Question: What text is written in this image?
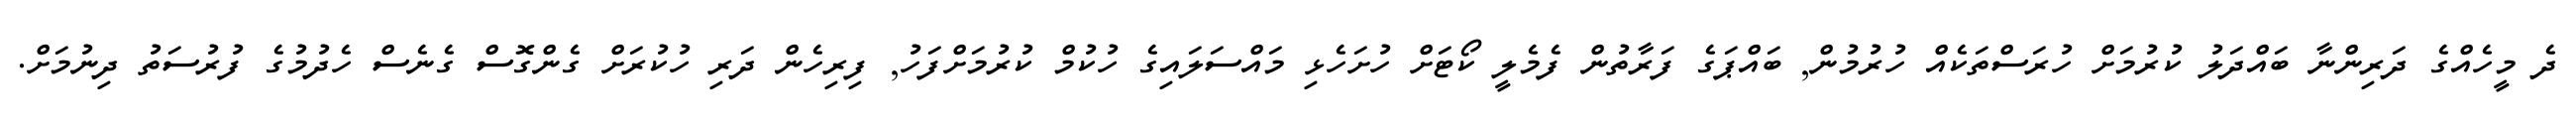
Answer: ދެ މީހެއްގެ ދަރިންނާ ބައްދަލު ކުރުމަށް ހުރަސްތަކެއް ހުރުމުން, ބައްޕަގެ ފަރާތުން ފެމެލީ ކޯޓަށް ހުށަހެޅި މައްސަލައިގެ ހުކުމް ކުރުމަށްފަހު, ފިރިހެން ދަރި ހުކުރަށް ގެންގޮސް ގެނެސް ހެދުމުގެ ފުރުސަތު ދިނުމަށް.